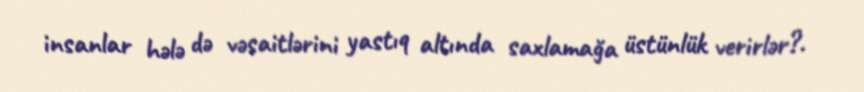
insanlar hələ də vəsaitlərini yastıq altında saxlamağa üstünlük verirlər?.